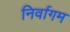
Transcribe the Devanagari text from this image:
निर्वागम